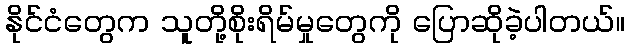
နိုင်ငံတွေက သူတို့စိုးရိမ်မှုတွေကို ပြောဆိုခဲ့ပါတယ်။